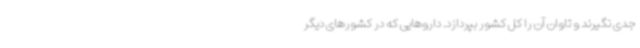
جدی نگیرند و تاوان آن را کل کشور بپردازد. داروهایی که در کشورهای دیگر